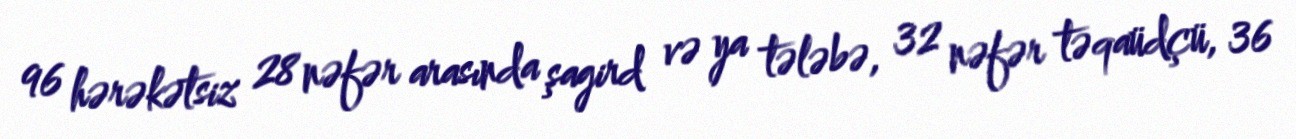
96 hərəkətsiz 28 nəfər arasında şagird və ya tələbə, 32 nəfər təqaüdçü, 36